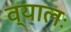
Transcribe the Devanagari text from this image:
व्यालः